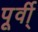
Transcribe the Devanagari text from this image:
पूर्वी्